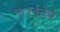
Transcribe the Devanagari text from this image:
पार्श्वदेव